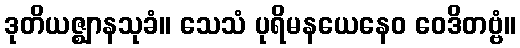
ဒုတိယဇ္ဈာနသုခံ။ သေသံ ပုရိမနယေနေဝ ဝေဒိတဗ္ဗံ။